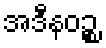
အဒီနဝဉ္စ